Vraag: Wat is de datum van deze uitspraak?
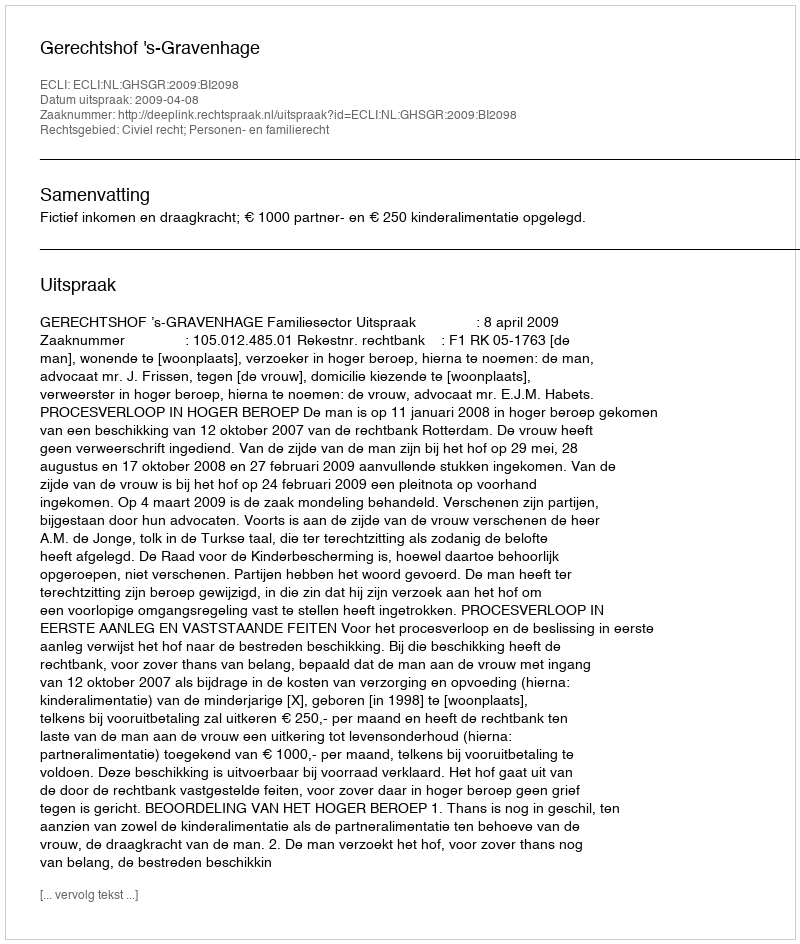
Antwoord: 2009-04-08